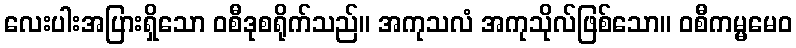
လေးပါးအပြားရှိသော ဝစီဒုစရိုက်သည်။ အကုသလံ အကုသိုလ်ဖြစ်သော။ ဝစီကမ္မမေဝ